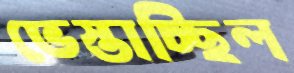
ভেস্তাচ্ছিল